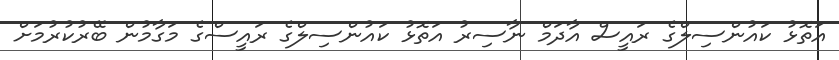
އަތޮޅު ކައުންސިލްގެ ރައީސް އާދަމް ނާސިރު އަތޮޅު ކައުންސިލްގެ ރައީސްގެ މަގާމުން ބޭރުކުރުމަށް